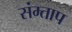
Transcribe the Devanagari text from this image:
संम्ताप